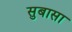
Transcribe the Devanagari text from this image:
सुबासा